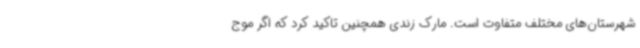
شهرستان‌های مختلف متفاوت است. مارک زندی همچنین تاکید کرد که اگر موج